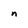
Character: n